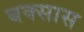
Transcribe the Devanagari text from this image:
बक्सास